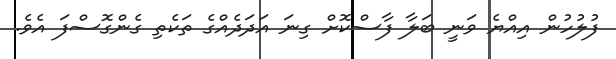
ފުލުހުން އިއްޔެ ވަނީ ބަލާ ފާސްކޮށް ގިނަ އަދަދެއްގެ ތަކެތި ގެންގޮސްފަ އެވެ.